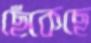
ছেঁকেছে